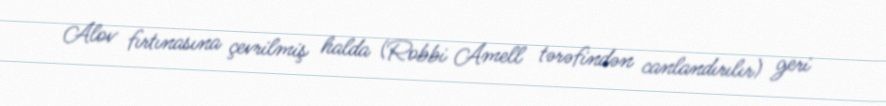
Alov fırtınasına çevrilmiş halda (Robbi Amell tərəfindən canlandırılır) geri